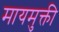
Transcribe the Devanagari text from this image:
मायमुक्ती